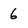
Character: 6